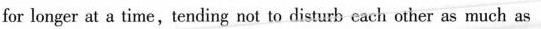
for longer at a time,tending not to disturb each other as